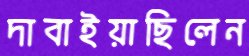
দাবাইয়াছিলেন